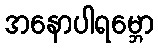
အနောပါရမ္ဘော